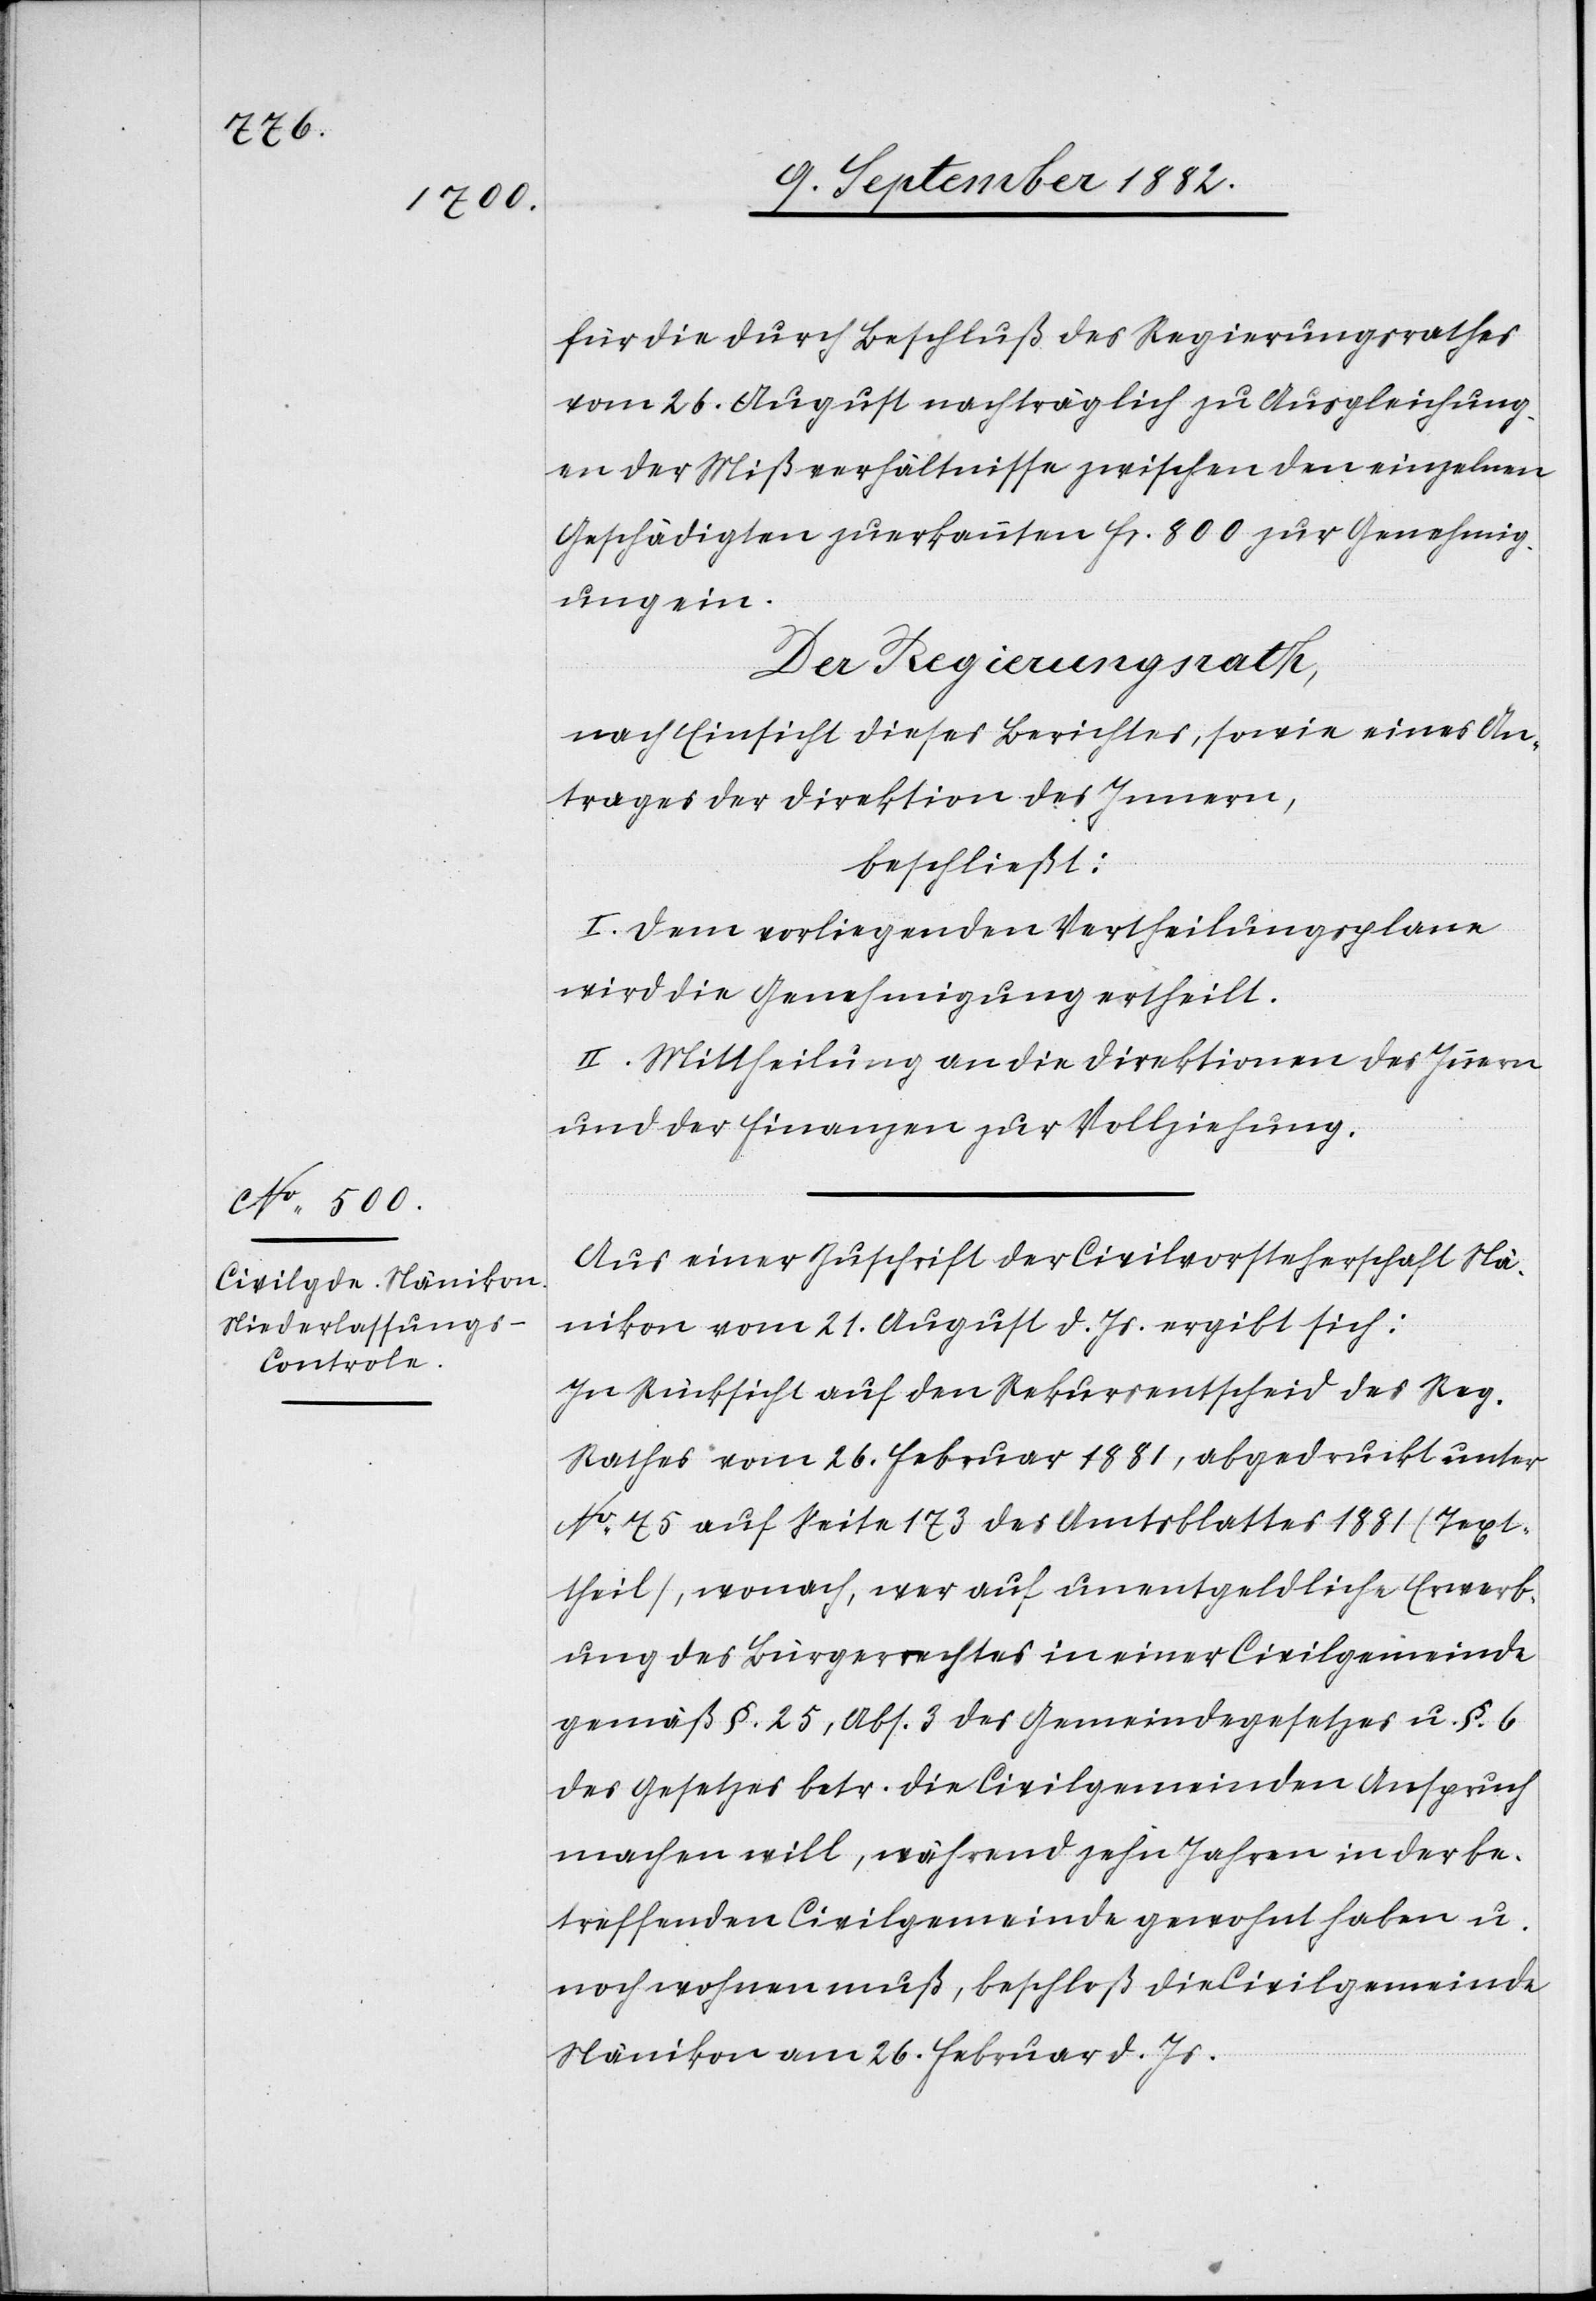
für die durch Beschluß des Regierungsrathes
vom 26. August nachträglich zu Ausgleichung¬
en der Mißverhältnisse zwischen den einzelnen
Geschädigten zuerkannten Fr. 800 zur Genehmigung.
Der Regierungsrath,
nach Einsicht dieses Berichtes, sowie eines An¬
trages der Direktion des Innern,
beschließt:
I. Dem vorliegenden Vertheilungsplane
wird die Genehmigung ertheilt.
II. Mittheilung an die Direktionen des Innern
und der Finanzen zur Vollziehung.
Aus einer Zuschrift der Civilvorsteherschaft Nä¬
nikon vom 21. August d. Js. ergibt sich:
In Rücksicht auf den Rekursentscheid des Reg.
Rathes vom 26. Februar 1881, abgedruckt unter
No 75 auf Seite 173 des Amtsblattes 1881 (Text¬
theil), wonach, wer auf unentgeldliche Erwerb¬
ung des Bürgerrechtes in einer Civilgemeinde
gemäß §. 25, Abs. 3 des Gemeindegesetzes u. §. 6
des Gesetzes betr. die Civilgemeinden Anspruch
machen will, während zehn Jahren in der be¬
treffenden Civilgemeinde gewohnt haben u.
noch wohnen muß, beschloß die Civilgemeinde
Nänikon am 26. Februar d. Js.